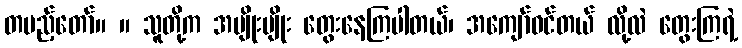
တပည့်တော်။ ။ သူတို့က အမျိုးမျိုး တွေးနေကြပါတယ်၊ အကျော်ဝင်တယ် လို့လဲ တွေးကြရဲ့